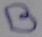
Text: B